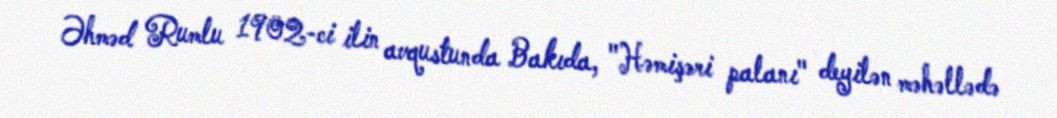
Əhməd Rumlu 1902-ci ilin avqustunda Bakıda, "Həmişəri palanı" deyilən məhəllədə